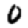
Digit: 0